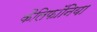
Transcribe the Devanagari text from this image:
कैलिफॉनिया